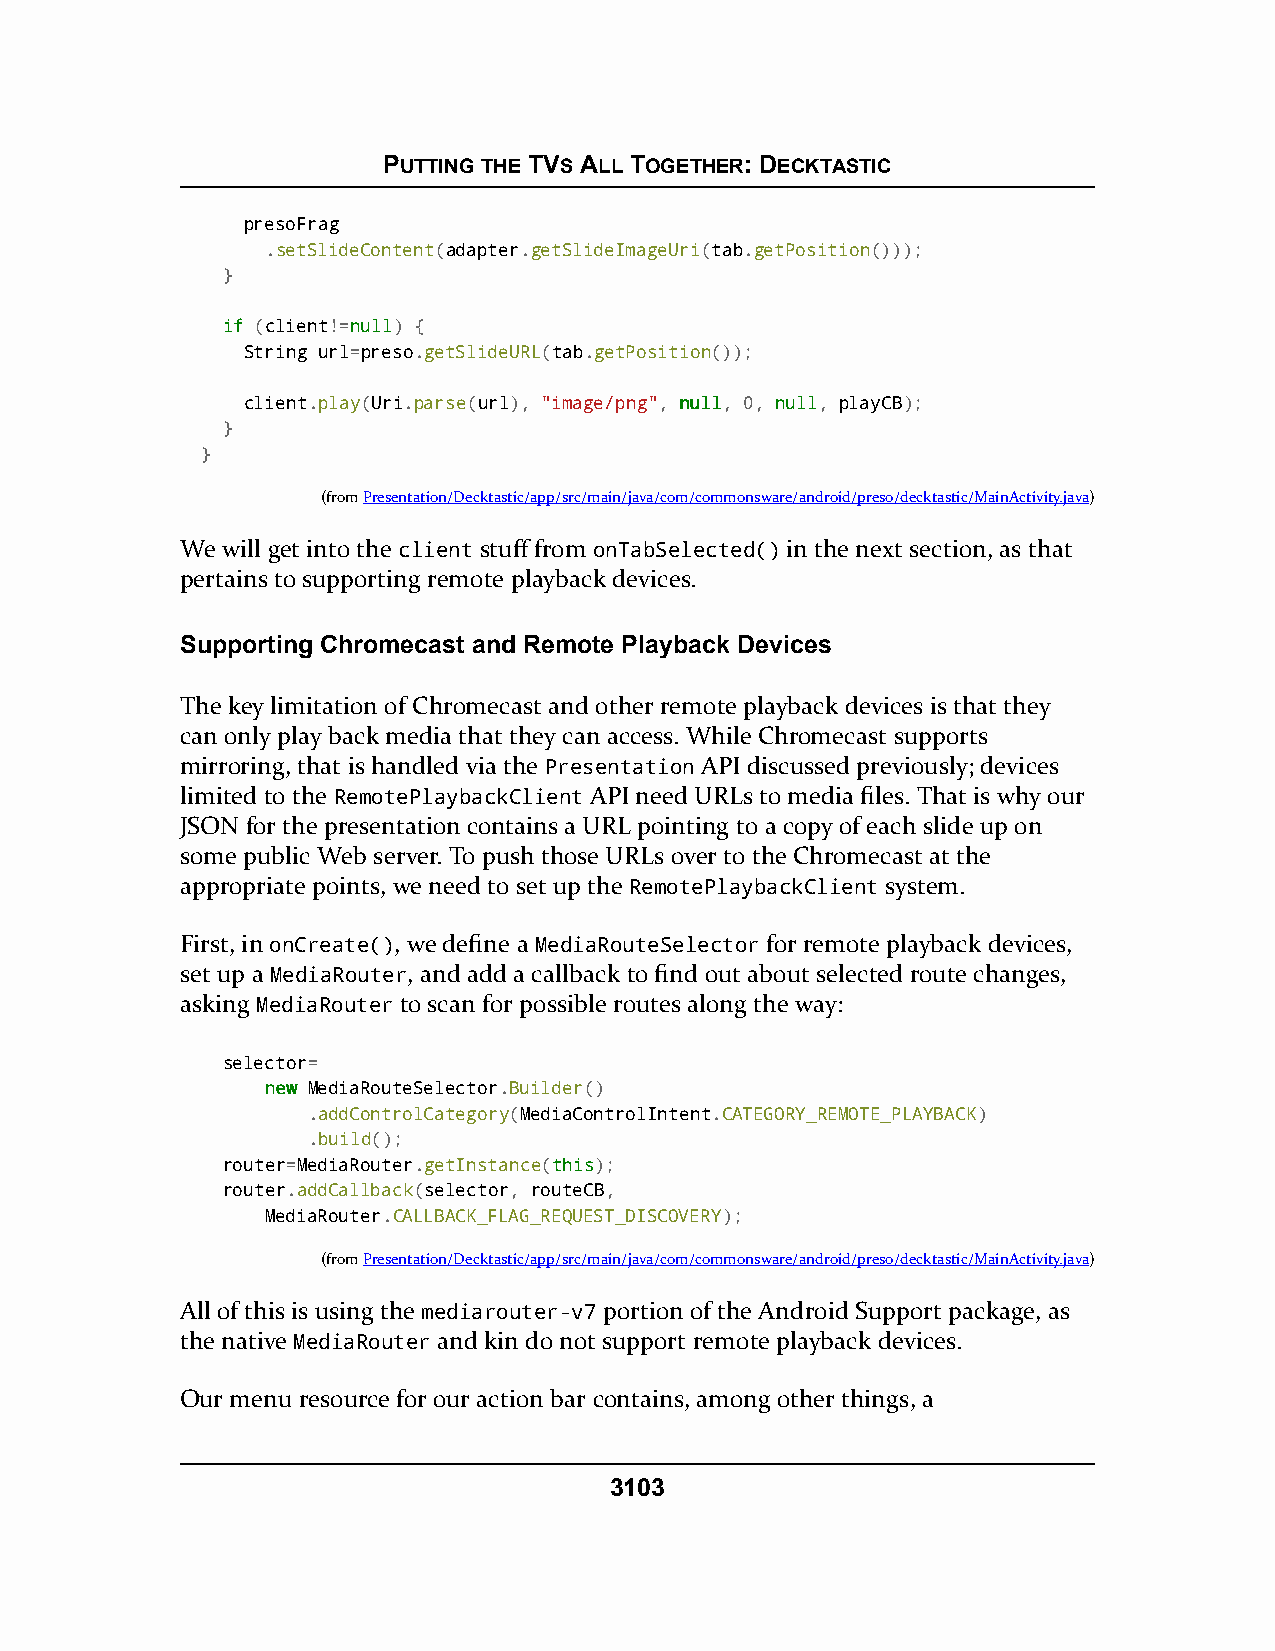
PUTTING THE TVS ALL TOGETHER: DECKTASTIC
 presoFrag
 .setSlideContent(adapter.getSlideImageUri(tab.getPosition()));
 }
 iiff (client!=nnuullll) {
 String url=preso.getSlideURL(tab.getPosition());
 client.play(Uri.parse(url), "image/png", nnuullll, 0, nnuullll, playCB);
 }
 }
 (fromPresentation/Decktastic/app/src/main/java/com/commonsware/android/preso/decktastic/MainActivity.java)
 We will get into the client stuff from onTabSelected() in the next section, as that
 pertains to supporting remote playback devices.
 Supporting Chromecast and Remote Playback Devices
 The key limitation of Chromecast and other remote playback devices is that they
 can only play back media that they can access. While Chromecast supports
 mirroring, that is handled via the Presentation API discussed previously; devices
 limited to the RemotePlaybackClient API need URLs to media files. That is why our
 JSON for the presentation contains a URL pointing to a copy of each slide up on
 some public Web server. To push those URLs over to the Chromecast at the
 appropriate points, we need to set up the RemotePlaybackClient system.
 First, in onCreate(), we define a MediaRouteSelector for remote playback devices,
 set up a MediaRouter, and add a callback to find out about selected route changes,
 asking MediaRouter to scan for possible routes along the way:
 selector=
 nneeww MediaRouteSelector.Builder()
 .addControlCategory(MediaControlIntent.CATEGORY_REMOTE_PLAYBACK)
 .build();
 router=MediaRouter.getInstance(tthhiiss);
 router.addCallback(selector, routeCB,
 MediaRouter.CALLBACK_FLAG_REQUEST_DISCOVERY);
 (fromPresentation/Decktastic/app/src/main/java/com/commonsware/android/preso/decktastic/MainActivity.java)
 All of this is using the mediarouter-v7 portion of the Android Support package, as
 the native MediaRouter and kin do not support remote playback devices.
 Our menu resource for our action bar contains, among other things, a
 3103